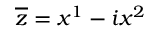
\overline { { z } } = x ^ { 1 } - i x ^ { 2 }